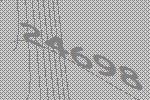
24698